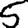
Digit: 5